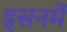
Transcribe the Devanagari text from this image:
इसनमें